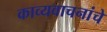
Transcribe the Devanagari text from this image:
काव्यवाचनांचे